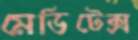
মেডিটেক্স